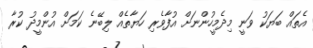
އެތައް ބަޔަކު ވަނީ މިދެމީހުންނަށް އުފާވެރި ހަޔާތެއް ލިބޭނެ ކަމަށް އުންމީދު ކުރާ